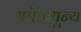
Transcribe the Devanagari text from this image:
भ्रांतिशून्य